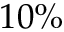
1 0 \%